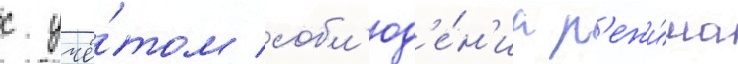
с учё́том собл'юд'е́н'иа р'ежи́ма